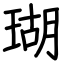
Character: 瑚